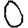
Digit: 0